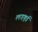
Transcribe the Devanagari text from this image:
लाड़कूई